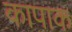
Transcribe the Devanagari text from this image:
कापाक